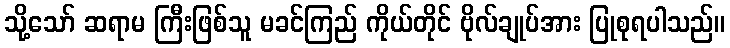
သို့သော် ဆရာမ ကြီးဖြစ်သူ မခင်ကြည် ကိုယ်တိုင် ဗိုလ်ချုပ်အား ပြုစုရပါသည်။